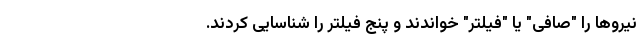
نیروها را "صافی" یا "فیلتر" خواندند و پنج فیلتر را شناسایی کردند.